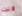
قلت